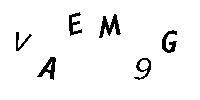
VAEM9G